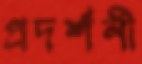
প্রদর্শনী